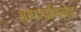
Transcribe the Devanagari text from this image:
आपःपणिनेव